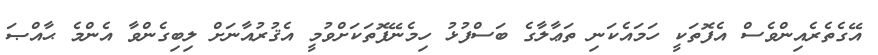
އޭގެތެރެއިންވެސް އެފޮތަކީ ހަމައެކަނި ތަޢާލާގެ ބަސްފުޅު ހިމެނޭފޮތަކަށްވުމީ އެޤުރުއާނަށް ލިބިގެންވާ އެންމެ ޙާއްޞަ